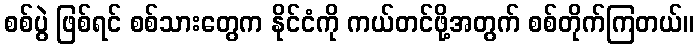
စစ်ပွဲ ဖြစ်ရင် စစ်သားတွေက နိုင်ငံကို ကယ်တင်ဖို့အတွက် စစ်တိုက်ကြတယ်။